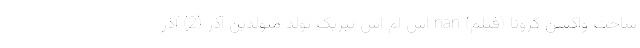
ساخت واکسن کرونا (فیلم) nan اس ام اس تبریک تولد متولدین آذر (2) آذر